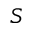
S